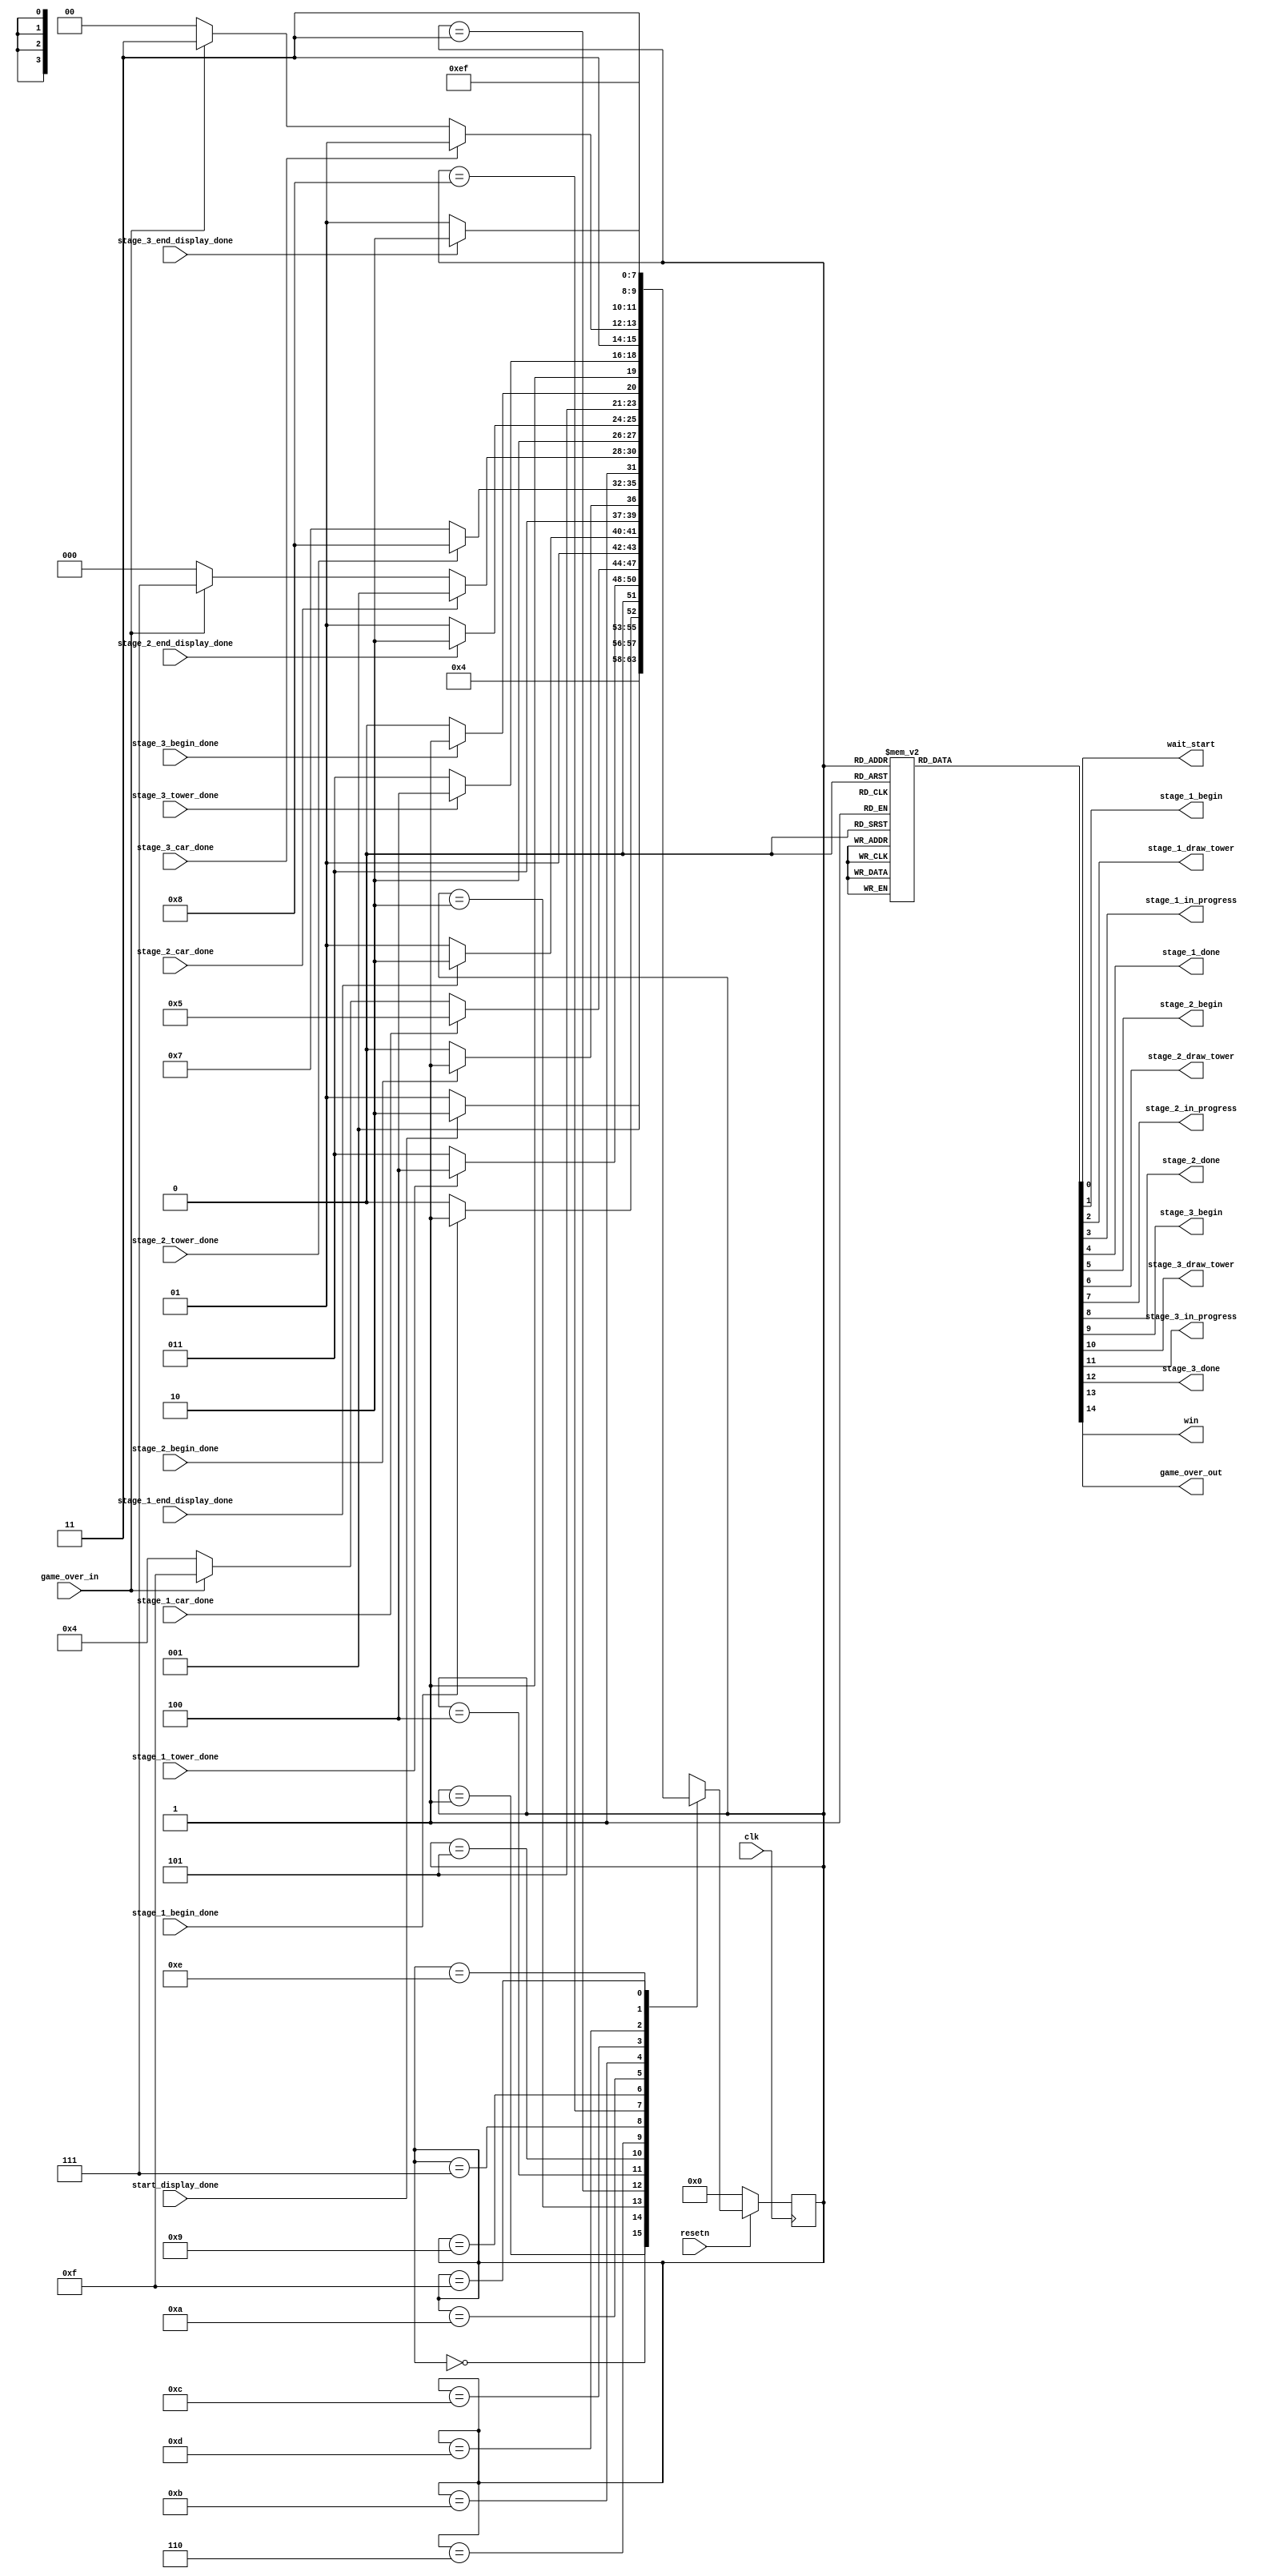
module control_game_flow(
		input clk,
		input resetn,
		
		//___________________________//
		//______Control Feedback_____//
		//___________________________//
		input start_display_done,
		
		//_________STAGE 1___________//
		input stage_1_begin_done,
		input stage_1_tower_done,
		input stage_1_car_done,
		input stage_1_end_display_done,
		
		//_________STAGE 2___________//
		input stage_2_begin_done,
		input stage_2_tower_done,
		input stage_2_car_done,
		input stage_2_end_display_done,
		
		//_________STAGE 3___________//
		input stage_3_begin_done,
		input stage_3_tower_done,
		input stage_3_car_done,
		input stage_3_end_display_done,
		
		//Terminal State
		input game_over_in,
		
		//___________________________//
		//______Control Signal_______//
		//___________________________//
      output reg wait_start, 
      //______Stage 1_______//
		output reg stage_1_begin,
		output reg stage_1_draw_tower,
		output reg stage_1_in_progress,
		output reg stage_1_done,

		//______Stage 2_______//
		output reg stage_2_begin,
		output reg stage_2_draw_tower,
		output reg stage_2_in_progress,
		output reg stage_2_done,

		//______Stage 3_______//
		output reg stage_3_begin,
		output reg stage_3_draw_tower,
		output reg stage_3_in_progress,
		output reg stage_3_done,

		output reg win,
		output reg game_over_out
	);

	reg [3:0] current_state, next_state;
	
	
	//STAGE_BEGIN: Make starting screen in WAIT_START state
	//STAGE_DONE: Make "clear" screen
	localparam RESET = 5'd0,
				  WAIT_START = 5'd1,
				  //____Stage 1_____//
				  STAGE_1_BEGIN = 5'd2,
				  STAGE_1_DRAW_TOWER = 5'd3,
				  STAGE_1_IN_PROGRESS = 5'd4,
				  STAGE_1_DONE = 5'd5,
				  
				  //____Stage 2_____//
				  STAGE_2_BEGIN = 5'd6,
				  STAGE_2_DRAW_TOWER = 5'd7,
				  STAGE_2_IN_PROGRESS = 5'd8,
				  STAGE_2_DONE = 5'd9,
				  
				  //____Stage 3_____//
				  STAGE_3_BEGIN = 5'd10,
				  STAGE_3_DRAW_TOWER = 5'd11,
				  STAGE_3_IN_PROGRESS = 5'd12,
				  STAGE_3_DONE = 5'd13,
				  
				  WIN = 5'd14,
				  GAME_OVER = 5'd15;
				  
	always @(*)
	begin: state_table
		case (current_state)
			
			//___________________________//
			//_______Initia Setup________//
			//___________________________//			
			RESET: next_state = WAIT_START;
			WAIT_START: begin
				if(start_display_done)
					next_state = STAGE_1_BEGIN;
				else
					next_state = WAIT_START;
			end
			
			//___________________________//
			//_________Stage 1___________//
			//___________________________//
		   STAGE_1_BEGIN: begin
				if(stage_1_begin_done)
					next_state = STAGE_1_DRAW_TOWER;
				else
					next_state = STAGE_1_BEGIN;
			end
		   STAGE_1_DRAW_TOWER: begin
				if(stage_1_tower_done)
					next_state = STAGE_1_IN_PROGRESS;
				else
					next_state = STAGE_1_DRAW_TOWER;
			end
		   STAGE_1_IN_PROGRESS: begin
				if(stage_1_car_done)
					next_state = STAGE_1_DONE;
				else if(game_over_in)
					next_state = GAME_OVER;
				else
					next_state = STAGE_1_IN_PROGRESS;
			end
		   STAGE_1_DONE: begin
				if(stage_1_end_display_done)
					next_state = STAGE_2_BEGIN;
				else
					next_state = STAGE_1_DONE;
			end
		  
			//___________________________//
			//_________Stage 2___________//
			//___________________________//
		   STAGE_2_BEGIN: begin
				if(stage_2_begin_done)
					next_state = STAGE_2_DRAW_TOWER;
				else
					next_state = STAGE_2_BEGIN;
			end
		   STAGE_2_DRAW_TOWER: begin
				if(stage_2_tower_done)
					next_state = STAGE_2_IN_PROGRESS;
				else
					next_state = STAGE_2_DRAW_TOWER;
			end
		   STAGE_2_IN_PROGRESS: begin
				if(stage_2_car_done)
					next_state = STAGE_2_DONE;
				else if(game_over_in)
					next_state = GAME_OVER;
				else
					next_state = STAGE_2_IN_PROGRESS;
			end
		   STAGE_2_DONE: begin
				if(stage_2_end_display_done)
					next_state = STAGE_3_BEGIN;
				else
					next_state = STAGE_2_DONE;
			end
		  
			//___________________________//
			//_________Stage 3___________//
			//___________________________//
		   STAGE_3_BEGIN: begin
				if(stage_3_begin_done)
					next_state = STAGE_3_DRAW_TOWER;
				else
					next_state = STAGE_3_BEGIN;
			end
		   STAGE_3_DRAW_TOWER: begin
				if(stage_3_tower_done)
					next_state = STAGE_3_IN_PROGRESS;
				else
					next_state = STAGE_3_DRAW_TOWER;
			end
		   STAGE_3_IN_PROGRESS: begin
				if(stage_3_car_done)
					next_state = STAGE_3_DONE;
				else if(game_over_in)
					next_state = GAME_OVER;
				else
					next_state = STAGE_3_IN_PROGRESS;
			end
		   STAGE_3_DONE: begin
				if(stage_3_end_display_done)
					next_state = WIN;
				else
					next_state = STAGE_3_DONE;
			end
		   
			//____Terminal States______//
		   WIN: begin
				next_state = WIN;
			end
		   GAME_OVER: begin
				next_state = GAME_OVER;
			end
			default: next_state = WAIT_START;
		endcase
	end
	
	// Output logic aka all of our datapath control signals
	always @(*)
	begin: enable_signals
		// By default make all our signals 0 to avoid latches.
        wait_start = 1'b0; 
        //______Stage 1_______//
		stage_1_begin = 1'b0;
		stage_1_draw_tower = 1'b0;
		stage_1_in_progress = 1'b0;
		stage_1_done  = 1'b0;

		//______Stage 2_______//
		stage_2_begin = 1'b0;
		stage_2_draw_tower = 1'b0;
		stage_2_in_progress = 1'b0;
		stage_2_done  = 1'b0;

		//______Stage 3_______//
		stage_3_begin = 1'b0;
		stage_3_draw_tower = 1'b0;
		stage_3_in_progress = 1'b0;
		stage_3_done = 1'b0;

		win = 1'b0;
		game_over_out = 1'b0;

        case (current_state)
            RESET: begin
				// By default make all our signals 0 to avoid latches.
				wait_start = 1'b0; 
				//______Stage 1_______//
				stage_1_begin = 1'b0;
				stage_1_draw_tower = 1'b0;
				stage_1_in_progress = 1'b0;
				stage_1_done  = 1'b0;

				//______Stage 2_______//
				stage_2_begin = 1'b0;
				stage_2_draw_tower = 1'b0;
				stage_2_in_progress = 1'b0;
				stage_2_done  = 1'b0;

				//______Stage 3_______//
				stage_3_begin = 1'b0;
				stage_3_draw_tower = 1'b0;
				stage_3_in_progress = 1'b0;
				stage_3_done = 1'b0;

				win = 1'b0;
				game_over_out = 1'b0;

			end
			WAIT_START: begin
                wait_start = 1'b1;
            end
			//________Stage 1________//
			STAGE_1_BEGIN: begin
                stage_1_begin = 1'b1;
            end
			STAGE_1_DRAW_TOWER: begin
                stage_1_draw_tower = 1'b1;
            end
			STAGE_1_IN_PROGRESS: begin
                stage_1_in_progress = 1'b1;
            end
			STAGE_1_DONE: begin
				stage_1_done = 1'b1;
			end

			//________Stage 2________//
			STAGE_2_BEGIN: begin
                stage_2_begin = 1'b1;
            end
			STAGE_2_DRAW_TOWER: begin
                stage_2_draw_tower = 1'b1;
            end
			STAGE_2_IN_PROGRESS: begin
                stage_2_in_progress = 1'b1;
            end
			STAGE_2_DONE: begin
				stage_2_done = 1'b1;
			end
			
			//________Stage 1________//
			STAGE_3_BEGIN: begin
                stage_3_begin = 1'b1;
            end
			STAGE_3_DRAW_TOWER: begin
                stage_3_draw_tower = 1'b1;
            end
			STAGE_3_IN_PROGRESS: begin
                stage_3_in_progress = 1'b1;
            end
			STAGE_3_DONE: begin
				stage_3_done = 1'b1;
			end

			WIN: begin
				win = 1'b1;
			end
			GAME_OVER: begin
				game_over_out = 1'b1;
			end
        // default:    // don't need default since we already made sure all of our outputs were assigned a value at the start of the always block
        endcase
	
	end
	
	always @(posedge clk)
	begin: state_FFs
		if(!resetn)
			current_state <= RESET;
		else
			current_state <= next_state;
	end
endmodule